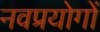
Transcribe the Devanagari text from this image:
नवप्रयोगों